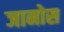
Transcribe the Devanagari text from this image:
जानोस